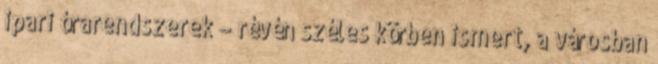
ipari órarendszerek – révén széles körben ismert, a városban